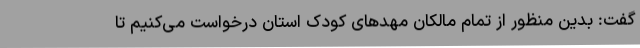
گفت: بدین منظور از تمام مالکان مهدهای کودک استان درخواست می‌کنیم تا